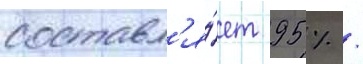
составл'я́ет 95 % /